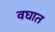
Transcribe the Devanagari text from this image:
वघात